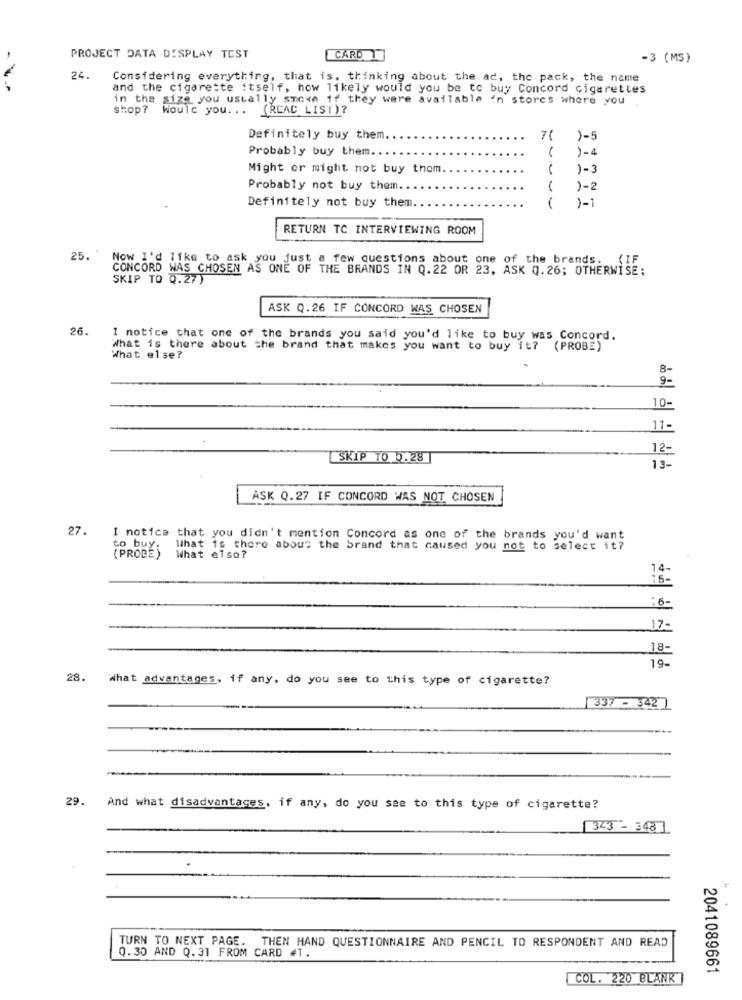
PROJECT DATA DISPLAY TEST
CARD
-3 (MS)
24.
Considering everything, that is, thinking about the ad, the pack, the name
- --
and the cigarette itself, how likely would you be to buy Concord cigarettes
in the size you usually smoke if they were available in stores where you
shop? Would you. ..
(REAC LIST)?
Definitely buy them.
7 (
)-5
Probably buy them ...
)-4
Might or might not buy them.
)-3
Probably not buy them.
)-2
)-1
Definitely not buy them.
RETURN TC INTERVIEWING ROOM
25.
Now I'd like to ask you just a few questions about one of the brands. (IF
CONCORD WAS CHOSEN AS ONE OF THE BRANDS IN Q.22 OR 23, ASK Q.26; OTHERWISE:
SKIP TO 0.27)
ASK Q.26 IF CONCORD WAS CHOSEN
26.
1 notice that one of the brands you said you'd like to buy was Concord.
What is there about the brand that makes you want to buy it? (PROBE)
What else?
8-
9-
10-
11-
12-
SKIP TO 0.28
13-
ASK Q.27 IF CONCORD WAS NOT CHOSEN
27.
I notice that you didn't mention Concord as one of the brands you'd want
to buy. What is there about the brand that caused you not to select it?
(PROBE)
What else?
14
16-
:6-
17-
18-
19-
28.
What advantages, if any, do you see to this type of cigarette?
337 - 542 )
29.
And what disadvantages, if any, do you see to this type of cigarette?
343 - 348]
TURN TO NEXT PAGE. THEN HAND QUESTIONNAIRE AND PENCIL TO RESPONDENT AND READ
Q.30 AND Q. 31 FROM CARD #1.
2041089661
COL. 220 BLANK